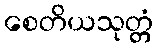
စေတိယသုတ္တံ